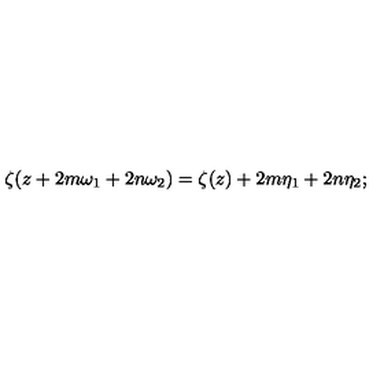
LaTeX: \zeta ( z + 2 m \omega _ { 1 } + 2 n \omega _ { 2 } ) = \zeta ( z ) + 2 m \eta _ { 1 } + 2 n \eta _ { 2 } ;